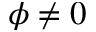
\phi \neq 0